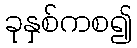
ခုနှစ်ကစ၍